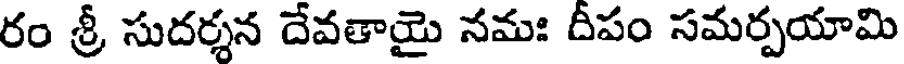
రం శ్రీ సుదర్శన దేవతాయై నమః దీపం సమర్పయామి